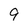
Character: 9